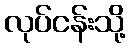
လုပ်ငန်းသို့